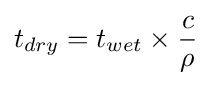
t_{dry}=t_{wet}\times {\frac {c}{\rho }}